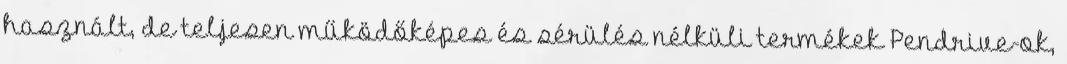
használt, de teljesen működőképes és sérülés nélküli termékek Pendrive-ok,